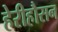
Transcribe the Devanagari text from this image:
हेरीहौसन